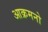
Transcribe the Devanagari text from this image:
आक्रमनो